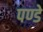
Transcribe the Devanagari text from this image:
पण्डे